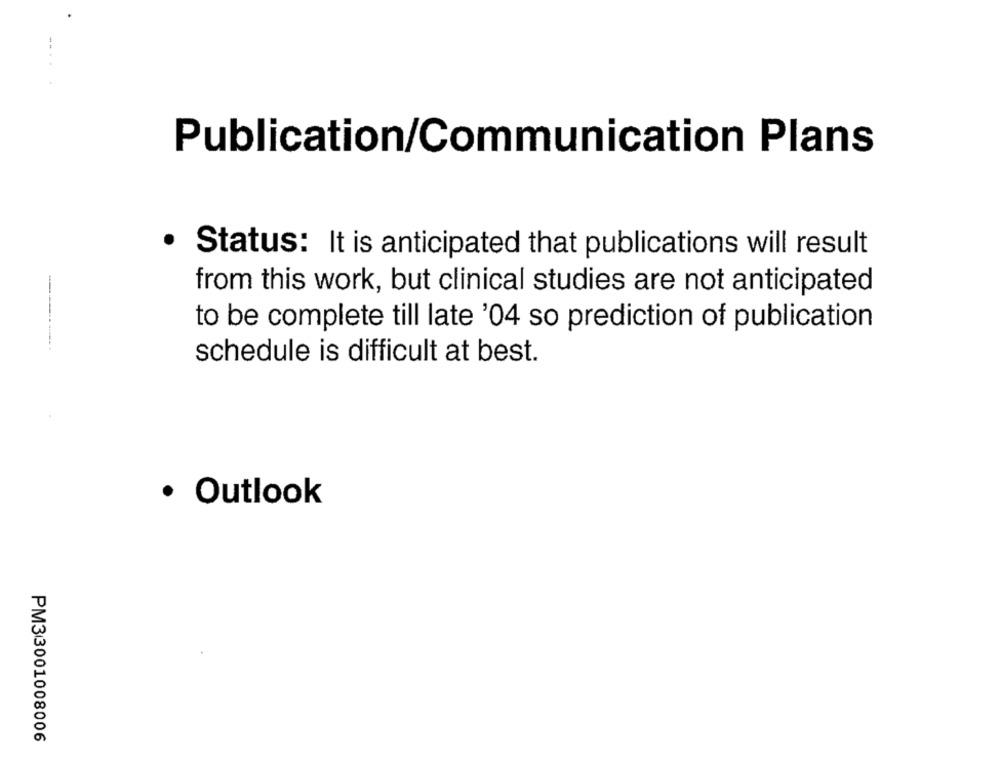
Publication/Communication Plans
· Status: It is anticipated that publications will result
from this work, but clinical studies are not anticipated
to be complete till late '04 so prediction of publication
schedule is difficult at best.
· Outlook
PM33001008006